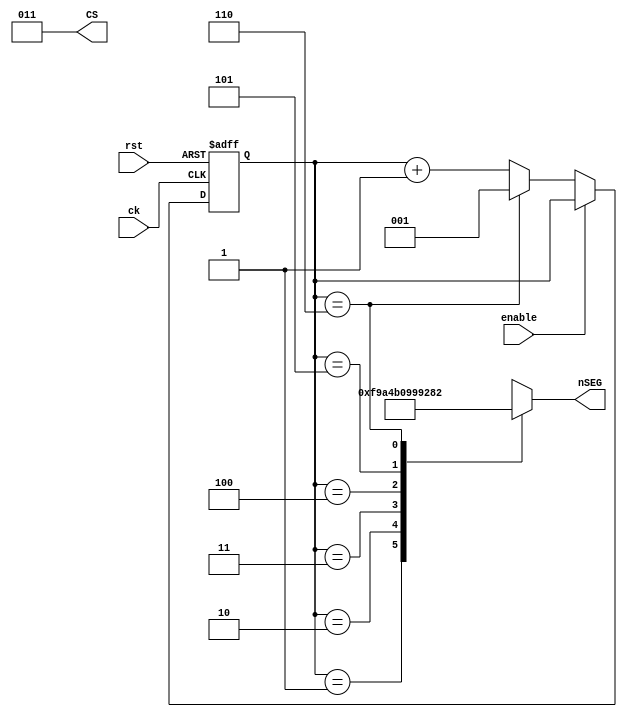
//sample dice program for microwavemont's FPGA board
// reset: P38, dicing: P35

module dice(ck, rst, enable, nSEG, CS);
input	ck, rst, enable;
output [7:0]	nSEG;
output [2:0] CS;
reg		[2:0]	cnt;
assign 	CS = 3'b011;


always @(posedge ck or negedge rst) begin

	if (rst==1'b0)
		cnt <= 3'h1;
	else if (enable==1'b0)
		if(cnt==3'h6)
			cnt<= 3'h1;
		else
			cnt<= cnt + 3'h1;
end

function [7:0] seg;
input	 [2:0] din;
	case(din)
		3'h1: seg = 8'b11111001;
		3'h2: seg = 8'b10100100;
		3'h3: seg = 8'b10110000;
		3'h4: seg = 8'b10011001;
		3'h5: seg = 8'b10010010;
		3'h6: seg = 8'b10000010;
		default:seg=8'bxxxxxxxx;
		endcase
endfunction

assign nSEG = seg(cnt);

endmodule